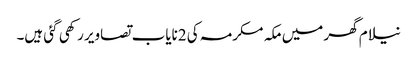
نیلام گھر میں مکہ مکرمہ کی 2نایاب تصاویر رکھی گئی ہیں۔